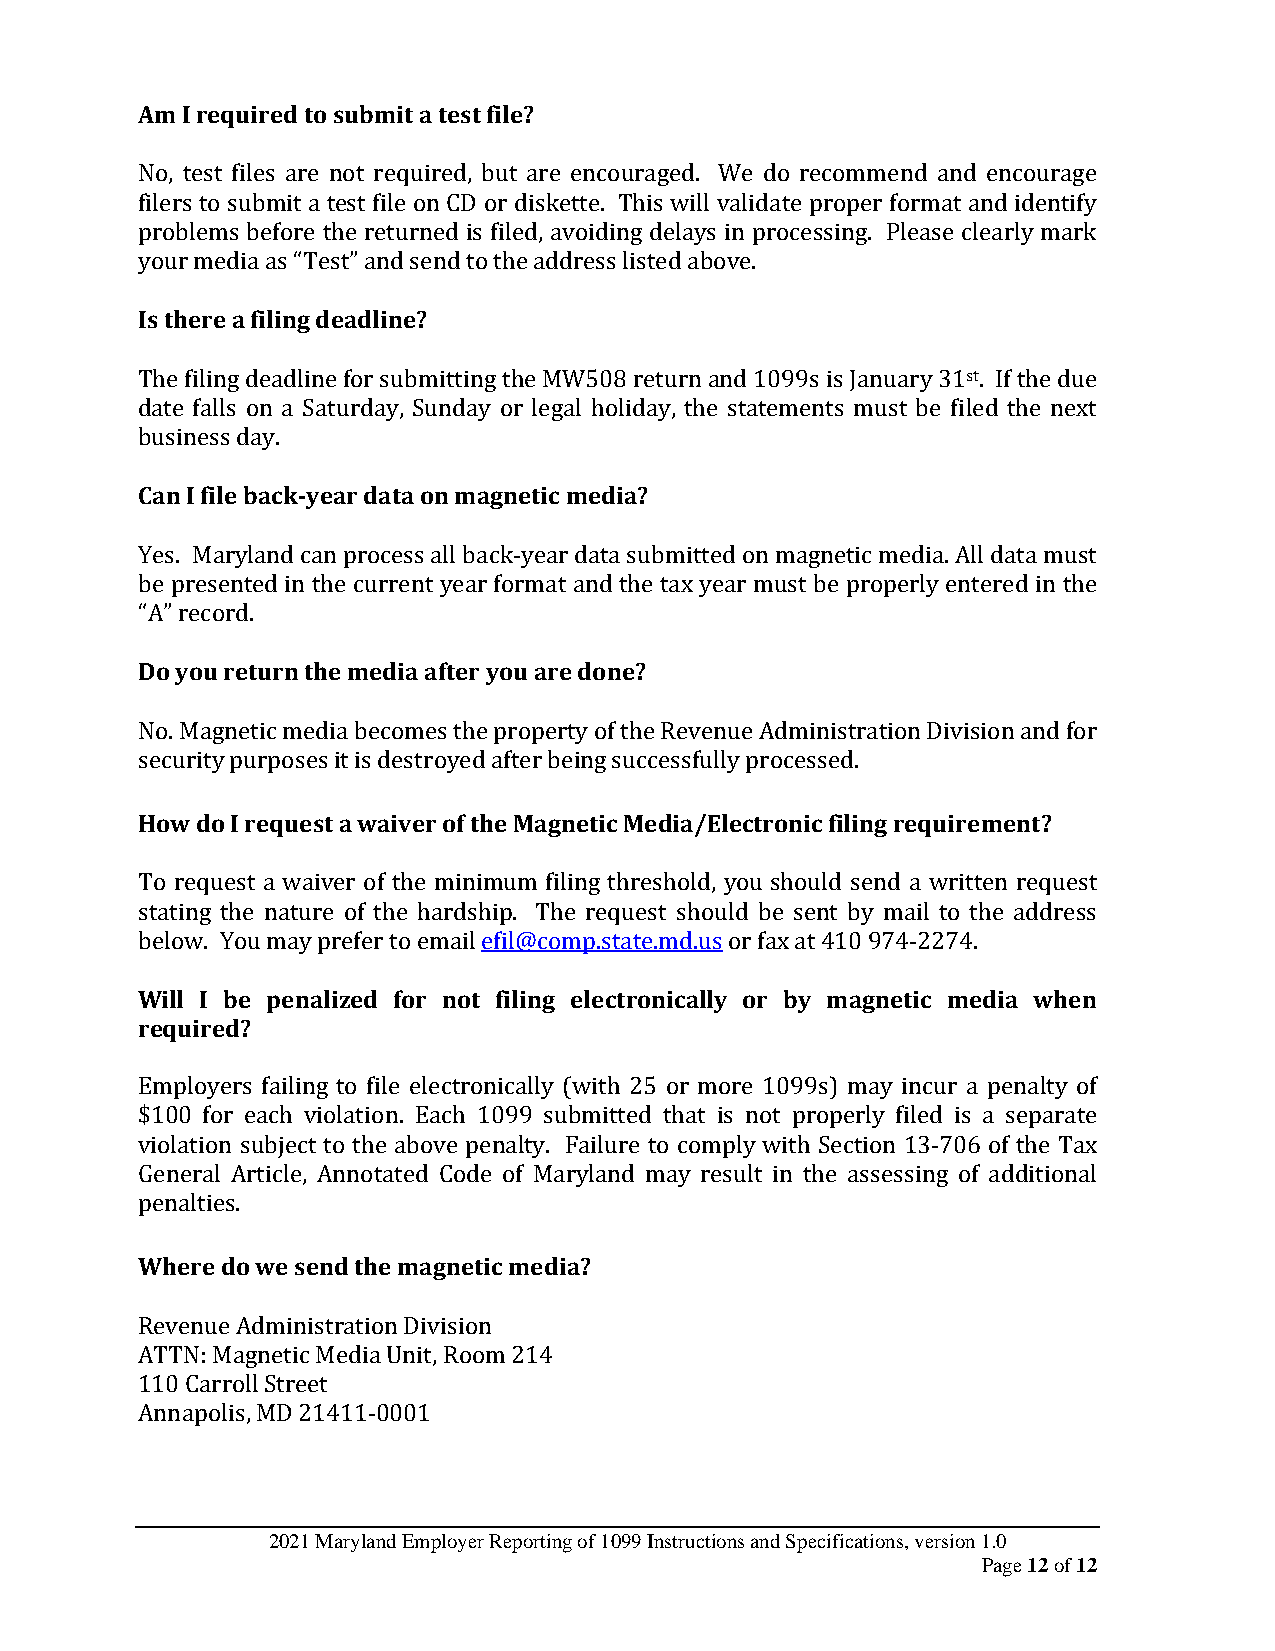
Am I required to submit a test file?
 No, test files are not required, but are encouraged. We do recommend and encourage
 filers to submit a test file on CD or diskette. This will validate proper format and identify
 problems before the returned is filed, avoiding delays in processing. Please clearly mark
 your media as “Test” and send to the address listed above.
 Is there a filing deadline?
 The filing deadline for submitting the MW508 return and 1099s is January 31st. If the due
 date falls on a Saturday, Sunday or legal holiday, the statements must be filed the next
 business day.
 Can I file back-year data on magnetic media?
 Yes. Maryland can process all back-year data submitted on magnetic media. All data must
 be presented in the current year format and the tax year must be properly entered in the
 “A” record.
 Do you return the media after you are done?
 No. Magnetic media becomes the property of the Revenue Administration Division and for
 security purposes it is destroyed after being successfully processed.
 How do I request a waiver of the Magnetic Media/Electronic filing requirement?
 To request a waiver of the minimum filing threshold, you should send a written request
 stating the nature of the hardship. The request should be sent by mail to the address
 below. You may prefer to email efil@comp.state.md.us or fax at 410 974-2274.
 Will I be penalized for not filing electronically or by magnetic media when
 required?
 Employers failing to file electronically (with 25 or more 1099s) may incur a penalty of
 $100 for each violation. Each 1099 submitted that is not properly filed is a separate
 violation subject to the above penalty. Failure to comply with Section 13-706 of the Tax
 General Article, Annotated Code of Maryland may result in the assessing of additional
 penalties.
 Where do we send the magnetic media?
 Revenue Administration Division
 ATTN: Magnetic Media Unit, Room 214
 110 Carroll Street
 Annapolis, MD 21411-0001
 2021 Maryland Employer Reporting of 1099 Instructions and Specifications, version 1.0
 Page 12 of 12